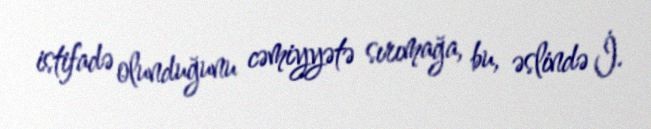
istifadə olunduğunu cəmiyyətə sırımağa, bu, əslində İ.